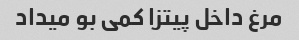
مرغ داخل پیتزا کمی بو میداد